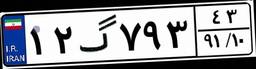
۱۲گ۷۹۳۴۳